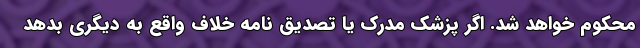
محکوم خواهد شد. اگر پزشک مدرک یا تصدیق نامه خلاف واقع به دیگری بدهد